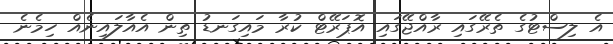
އެ ލިސްޓުގެ ތެރޭގައި ރާއްޖޭގައި އޮޕަރޭޓް ކުރާ މައިގަނޑު ތިން އެއާލައިނެއް ހިމެނެ